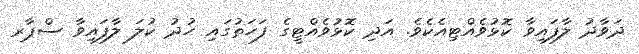
ދަވާދު ލާފައިވާ ކޮޅުވެއްޓިއެކެވެ. އަދި ކޮޅުވެއްޓީގެ ފަހަތުގައި ހުދު ކުލަ ލާފައިވާ ސްޕާރ